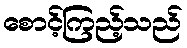
စောင့်ကြည့်သည်